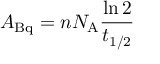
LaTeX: A _ { \mathrm { B q } } = n N _ { \mathrm { A } } { \frac { \ln 2 } { t _ { 1 / 2 } } }